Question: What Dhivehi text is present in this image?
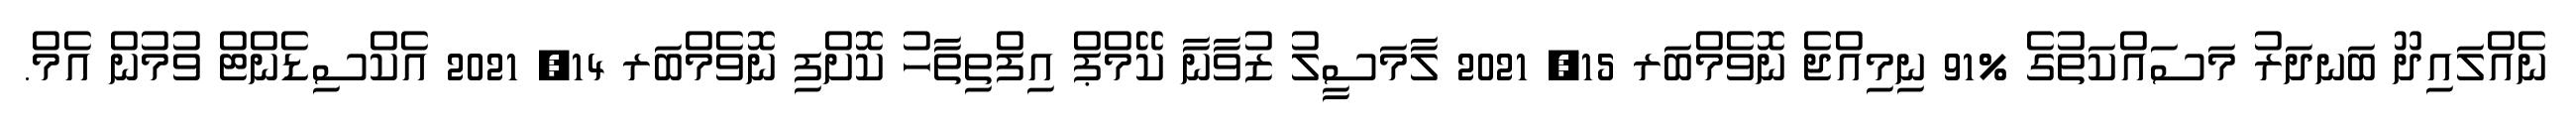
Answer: ނެއްލައިދޫ ބަނދަރު މަސައްކަތުގެ %91 ނިމިއްޖެ ނޮވެމްބަރ 15, 2021 ލާމަސީލު ޒުވާނާ ކޭމްޕް އިފްތިތާހު ކޮށްފި ނޮވެމްބަރ 14, 2021 އެކްސިޑެންޓް ވުމުން އެމް.